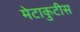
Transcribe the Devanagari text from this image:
मेटाकुटीस